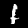
Label: 1